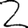
Digit: 2